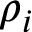
\rho _ { i }